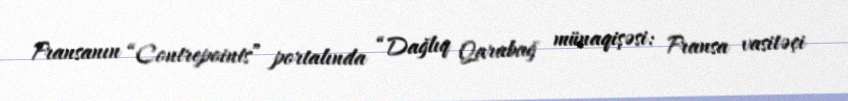
Fransanın “Contrepoints” portalında “Dağlıq Qarabağ münaqişəsi: Fransa vasitəçi